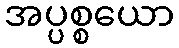
အပ္ပစ္စယော